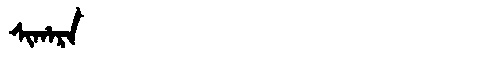
Manchu: ᠰᡳᡥᠠᡵᠠ
Romanization: SIHARA